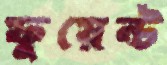
ফুয়েন্ট